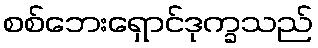
စစ်ဘေးရှောင်ဒုက္ခသည်